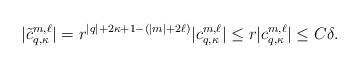
LaTeX: \begin{align*}|\tilde c^{m,\ell}_{q,\kappa}| = r^{|q|+ 2 \kappa + 1 - (|m| + 2\ell)} |c^{m,\ell}_{q, \kappa}| \le r |c^{m,\ell}_{q, \kappa}| \leq C \delta.\end{align*}